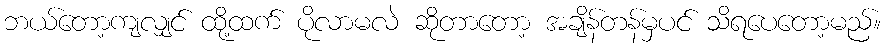
ဘယ်တော့ကျလျှင် ထို့ထက် ပိုလာမလဲ ဆိုတာတော့ အချိန်တန်မှပင် သိရပေတော့မည်။